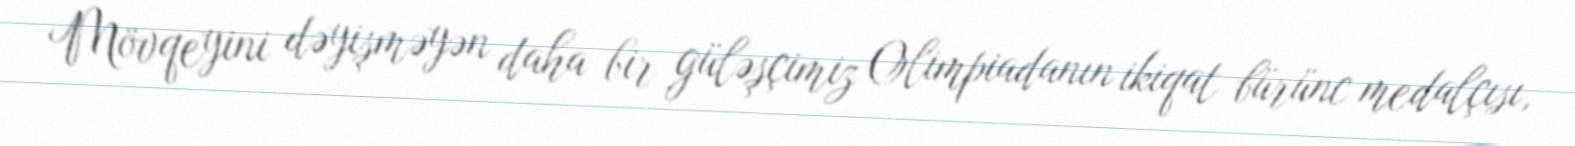
Mövqeyini dəyişməyən daha bir güləşçimiz Olimpiadanın ikiqat bürünc medalçısı,